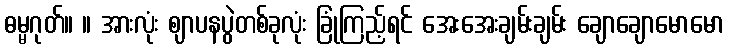
ဓမ္မဂုတ်။ ။ အားလုံး ဈာပနပွဲတစ်ခုလုံး ခြုံကြည့်ရင် အေးအေးချမ်းချမ်း ချောချောမောမော